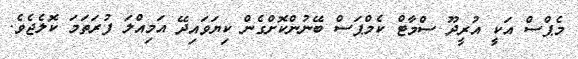
މެޕްސް އަކީ އުރީދޫ ސްމާޓް ކެމްޕަސް ބޭނުންކޮށްގެން ކިޔަވައިދޭ އަމިއްލަ ފުރަތަމަ ކޮލެޖެވެ.